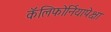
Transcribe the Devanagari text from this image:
कॅलिफोर्नियापेक्षा